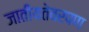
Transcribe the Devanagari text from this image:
जातीयतेवरपण